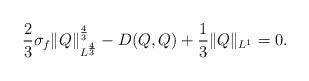
LaTeX: \begin{align*} \frac{2}{3}\sigma_{f} \|Q\|_{L^{\frac{4}{3}}}^{\frac{4}{3}}-D(Q,Q)+\frac{1}{3}\|Q\|_{L^1} = 0.\end{align*}